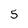
Character: 5